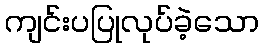
ကျင်းပပြုလုပ်ခဲ့သော